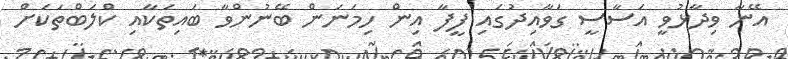
އޭނާ ވިދާޅުވީ އަސާސީ ގަވާއިދުގައި ފީފާ އިން ހިމަނަން ބޭނުންވާ ބައިތަކާއި ކްލަބްތަކަށް